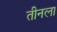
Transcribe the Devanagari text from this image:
तीनला